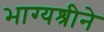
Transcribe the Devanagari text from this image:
भाग्यश्रीने